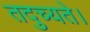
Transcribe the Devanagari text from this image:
तदुच्यते।